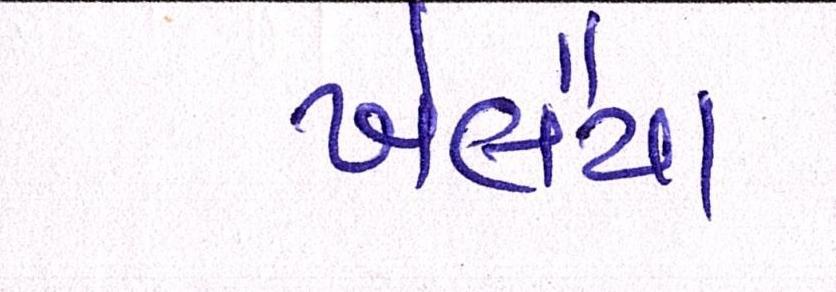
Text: ખેલૈયા